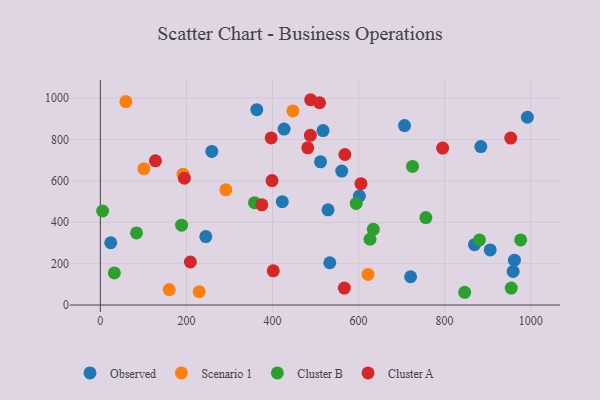
{"axis": {"x": "Engine Size", "y": "Sales"}, "legend": ["Cluster A", "Cluster B", "Observed", "Scenario 1"], "data": [{"x": "992.4", "y": 907.4, "type": "Observed"}, {"x": "721.0", "y": 136.7, "type": "Observed"}, {"x": "517.5", "y": 843.1, "type": "Observed"}, {"x": "363.6", "y": 944.3, "type": "Observed"}, {"x": "259.0", "y": 742.6, "type": "Observed"}, {"x": "533.2", "y": 204.3, "type": "Observed"}, {"x": "602.0", "y": 526.8, "type": "Observed"}, {"x": "422.8", "y": 499.7, "type": "Observed"}, {"x": "962.3", "y": 216.9, "type": "Observed"}, {"x": "561.0", "y": 647.5, "type": "Observed"}, {"x": "511.7", "y": 692.2, "type": "Observed"}, {"x": "869.5", "y": 291.5, "type": "Observed"}, {"x": "906.0", "y": 266.3, "type": "Observed"}, {"x": "427.0", "y": 850.4, "type": "Observed"}, {"x": "706.9", "y": 867.1, "type": "Observed"}, {"x": "884.2", "y": 765.7, "type": "Observed"}, {"x": "24.2", "y": 301.0, "type": "Observed"}, {"x": "959.3", "y": 162.3, "type": "Observed"}, {"x": "245.1", "y": 330.8, "type": "Observed"}, {"x": "529.1", "y": 460.0, "type": "Observed"}, {"x": "160.1", "y": 74.9, "type": "Scenario 1"}, {"x": "447.5", "y": 938.0, "type": "Scenario 1"}, {"x": "622.1", "y": 147.8, "type": "Scenario 1"}, {"x": "59.3", "y": 983.4, "type": "Scenario 1"}, {"x": "291.5", "y": 556.8, "type": "Scenario 1"}, {"x": "192.2", "y": 632.6, "type": "Scenario 1"}, {"x": "101.2", "y": 658.9, "type": "Scenario 1"}, {"x": "229.8", "y": 64.5, "type": "Scenario 1"}, {"x": "634.4", "y": 365.7, "type": "Cluster B"}, {"x": "846.7", "y": 61.7, "type": "Cluster B"}, {"x": "358.3", "y": 494.6, "type": "Cluster B"}, {"x": "84.1", "y": 348.4, "type": "Cluster B"}, {"x": "976.8", "y": 314.8, "type": "Cluster B"}, {"x": "955.0", "y": 82.1, "type": "Cluster B"}, {"x": "626.7", "y": 318.0, "type": "Cluster B"}, {"x": "756.5", "y": 422.9, "type": "Cluster B"}, {"x": "32.6", "y": 155.1, "type": "Cluster B"}, {"x": "881.0", "y": 314.7, "type": "Cluster B"}, {"x": "188.8", "y": 385.9, "type": "Cluster B"}, {"x": "725.5", "y": 670.1, "type": "Cluster B"}, {"x": "594.6", "y": 491.3, "type": "Cluster B"}, {"x": "5.3", "y": 454.5, "type": "Cluster B"}, {"x": "567.0", "y": 82.2, "type": "Cluster A"}, {"x": "953.8", "y": 806.8, "type": "Cluster A"}, {"x": "488.1", "y": 820.3, "type": "Cluster A"}, {"x": "568.3", "y": 727.6, "type": "Cluster A"}, {"x": "488.7", "y": 992.2, "type": "Cluster A"}, {"x": "509.5", "y": 977.7, "type": "Cluster A"}, {"x": "795.5", "y": 758.4, "type": "Cluster A"}, {"x": "375.3", "y": 484.1, "type": "Cluster A"}, {"x": "482.0", "y": 759.7, "type": "Cluster A"}, {"x": "401.9", "y": 165.4, "type": "Cluster A"}, {"x": "397.0", "y": 807.4, "type": "Cluster A"}, {"x": "605.7", "y": 586.4, "type": "Cluster A"}, {"x": "128.0", "y": 696.9, "type": "Cluster A"}, {"x": "195.3", "y": 612.8, "type": "Cluster A"}, {"x": "209.2", "y": 208.0, "type": "Cluster A"}, {"x": "399.0", "y": 601.7, "type": "Cluster A"}]}